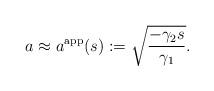
LaTeX: \begin{align*} a\approx a^\mathrm{app}(s) := \sqrt{\frac{-\gamma_2 s}{\gamma_1}}.\end{align*}